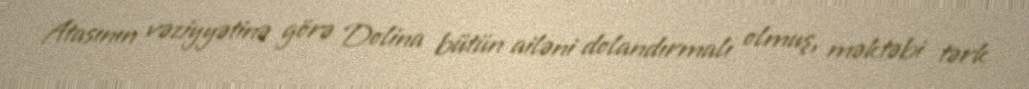
Atasının vəziyyətinə görə Dolina bütün ailəni dolandırmalı olmuş, məktəbi tərk